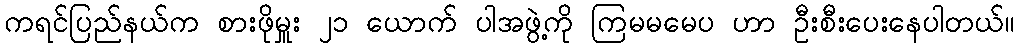
ကရင်ပြည်နယ်က စားဖိုမှူး ၂၁ ယောက် ပါအဖွဲ့ကို ကြမမမေပ ဟာ ဦးစီးပေးနေပါတယ်။